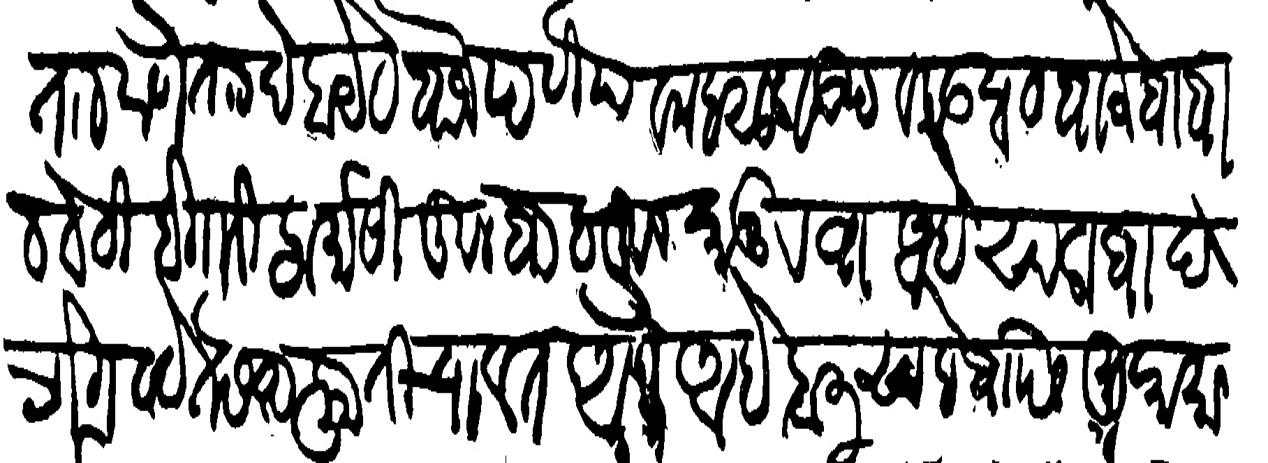
Transliteration (Devanagari): ताा ठाणे ताा देहाये व बाजे पटिया व महसूल व ऊंट व कडबा व बाजे बाबा व वेठी बेगारी फर्मासी कुलवाब कुलकानू रवा आहे सालाबाद भोगवटे तसरुफाती चालत आले आहे हाली साहेवासि मुकासा